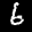
Label: 6